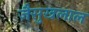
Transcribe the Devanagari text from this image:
जैसुखलाल